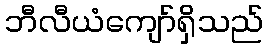
ဘီလီယံကျော်ရှိသည်